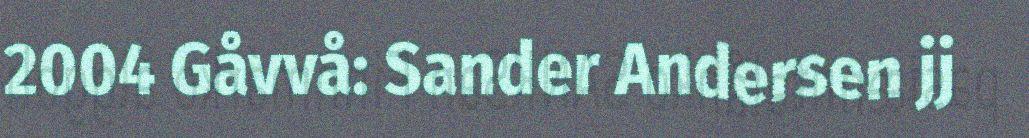
2004 Gåvvå: Sander Andersen jj